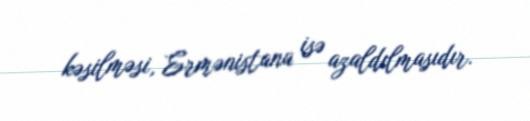
kəsilməsi, Ermənistana isə azaldılmasıdır.